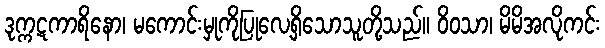
ဒုက္ကဋကာရိနော၊ မကောင်းမှုကိုပြုလေ့ရှိသောသူတို့သည်။ ဝိဝသာ၊ မိမိအလိုကင်း